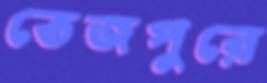
তেজপুরে